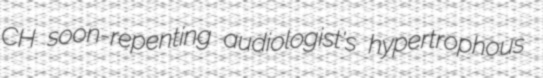
CH soon-repenting audiologist's hypertrophous